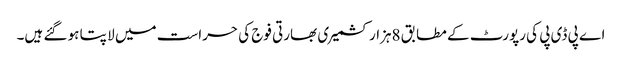
اے پی ڈی پی کی رپورٹ کے مطابق 8ہزار کشمیر ی بھارتی فوج کی حراست میں لا پتا ہو گئے ہیں۔